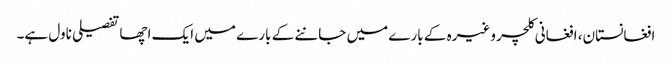
افغانستان، افغانی کلچر وغیرہ کے بارے میں جاننے کے بارے میں ایک اچھا تفصیلی ناول ہے۔